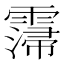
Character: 𩅕